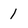
Character: 1